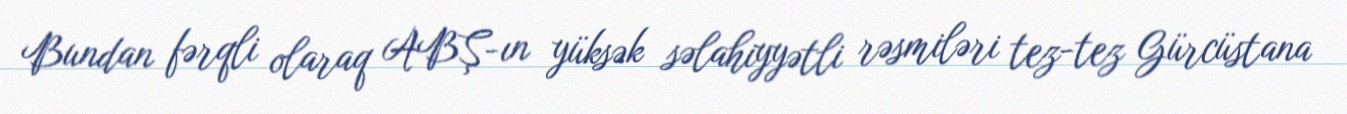
Bundan fərqli olaraq ABŞ-ın yüksək səlahiyyətli rəsmiləri tez-tez Gürcüstana